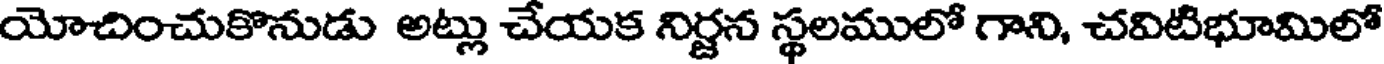
యోచించుకొనుడు అట్లు చేయక నిర్జన స్థలములో గాని, చవిటిభూమిలో